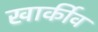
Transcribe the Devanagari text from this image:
खार्कीव